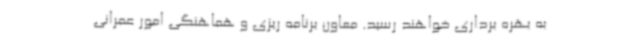
به بهره برداری خواهند رسید. معاون برنامه ریزی و هماهنگی امور عمرانی